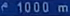
1000 m